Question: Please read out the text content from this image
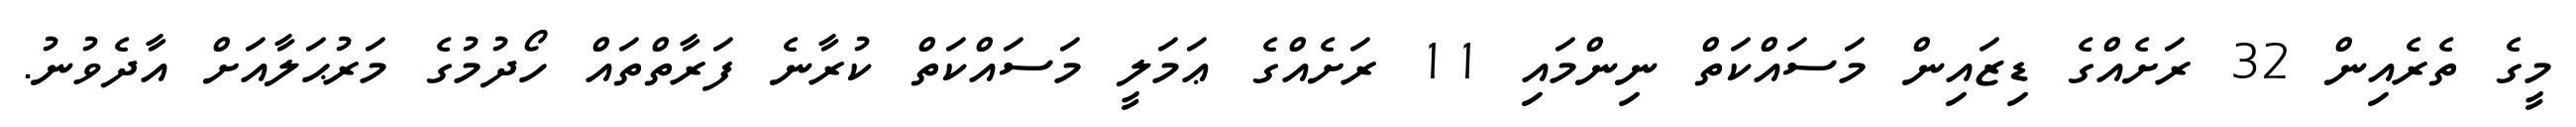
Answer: މީގެ ތެރެއިން 32 ރަށެއްގެ ޑިޒައިން މަސައްކަތް ނިންމައި 11 ރަށެއްގެ ޢަމަލީ މަސައްކަތް ކުރާނެ ފަރާތްތައް ހޯދުމުގެ މަރުޙަލާއަށް އާދެވުނު.